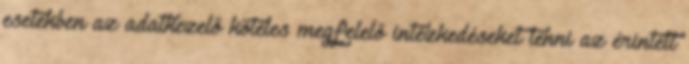
esetekben az adatkezelő köteles megfelelő intézkedéseket tenni az érintett